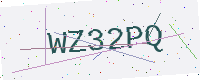
Text: WZ32PQ